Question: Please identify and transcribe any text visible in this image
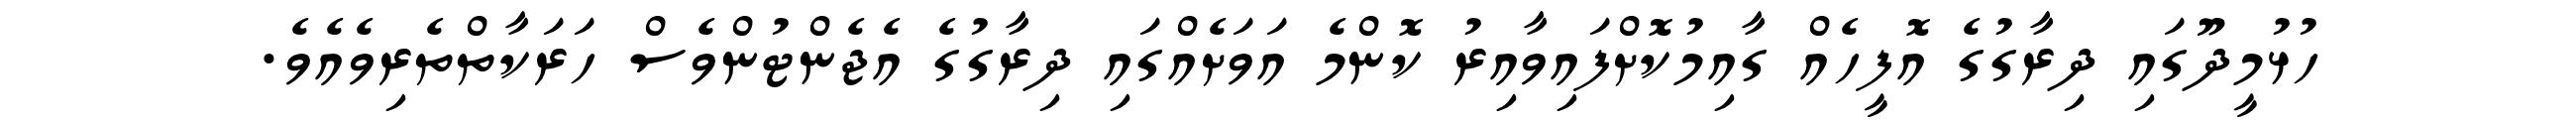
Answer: ހުޅުމީދޫގައި ދިރާގުގެ އޮފީހެއް ގާއިމުކޮށްފައިވާއިރު ކޮންމެ އަވަށެއްގައި ދިރާގުގެ އެޖެންޓުންވެސް ހަރަކާތްތެރިވެއެވެ.